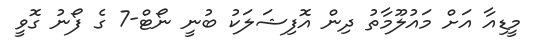
މީޑިއާ އަށް މައުލޫމާތު ދިން އޮފިޝަލަކު ބުނީ ނޯޓް-7 ގެ ފޯނު ގޮވީ